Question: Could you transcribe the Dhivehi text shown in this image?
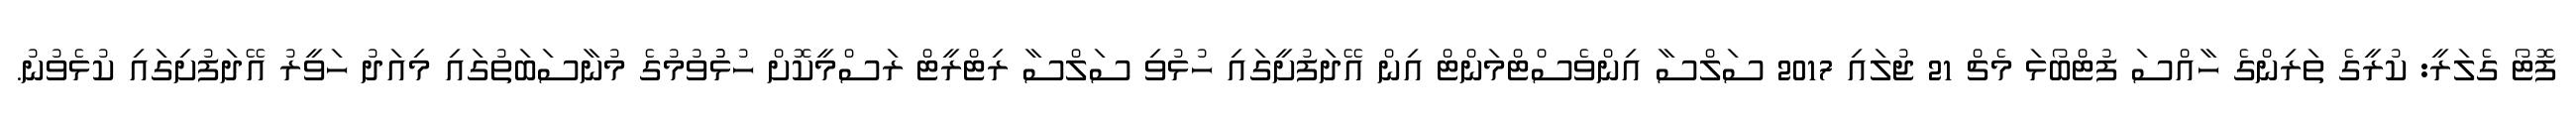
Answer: ފޮޓޯ ގެލަރީ: ކުރީގެ ތަރިންގެ ހާއްސަ ފުޓްބޯޅަ މެޗް 21 ޖުލައި 2017 ސަލްސާ އިންވެސްޓްމަންޓް އިން އޭދަފުށީގައި ހުޅުވި ސަލްސާ ރިޓްރީޓް ރަސްމީކޮށް ހުޅުުވުމުގެ މުނާސަބަތުގައި މިއަދު ހަވީރު އޭދަފުށިގައި ކުޅެވުނު.